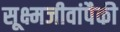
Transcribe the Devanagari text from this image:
सूक्ष्मजीवांपैकी